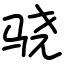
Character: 骁